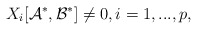
\begin{align*} X_i[{\cal A}^*, {\cal B}^*]\ne 0, i=1,...,p,\end{align*}